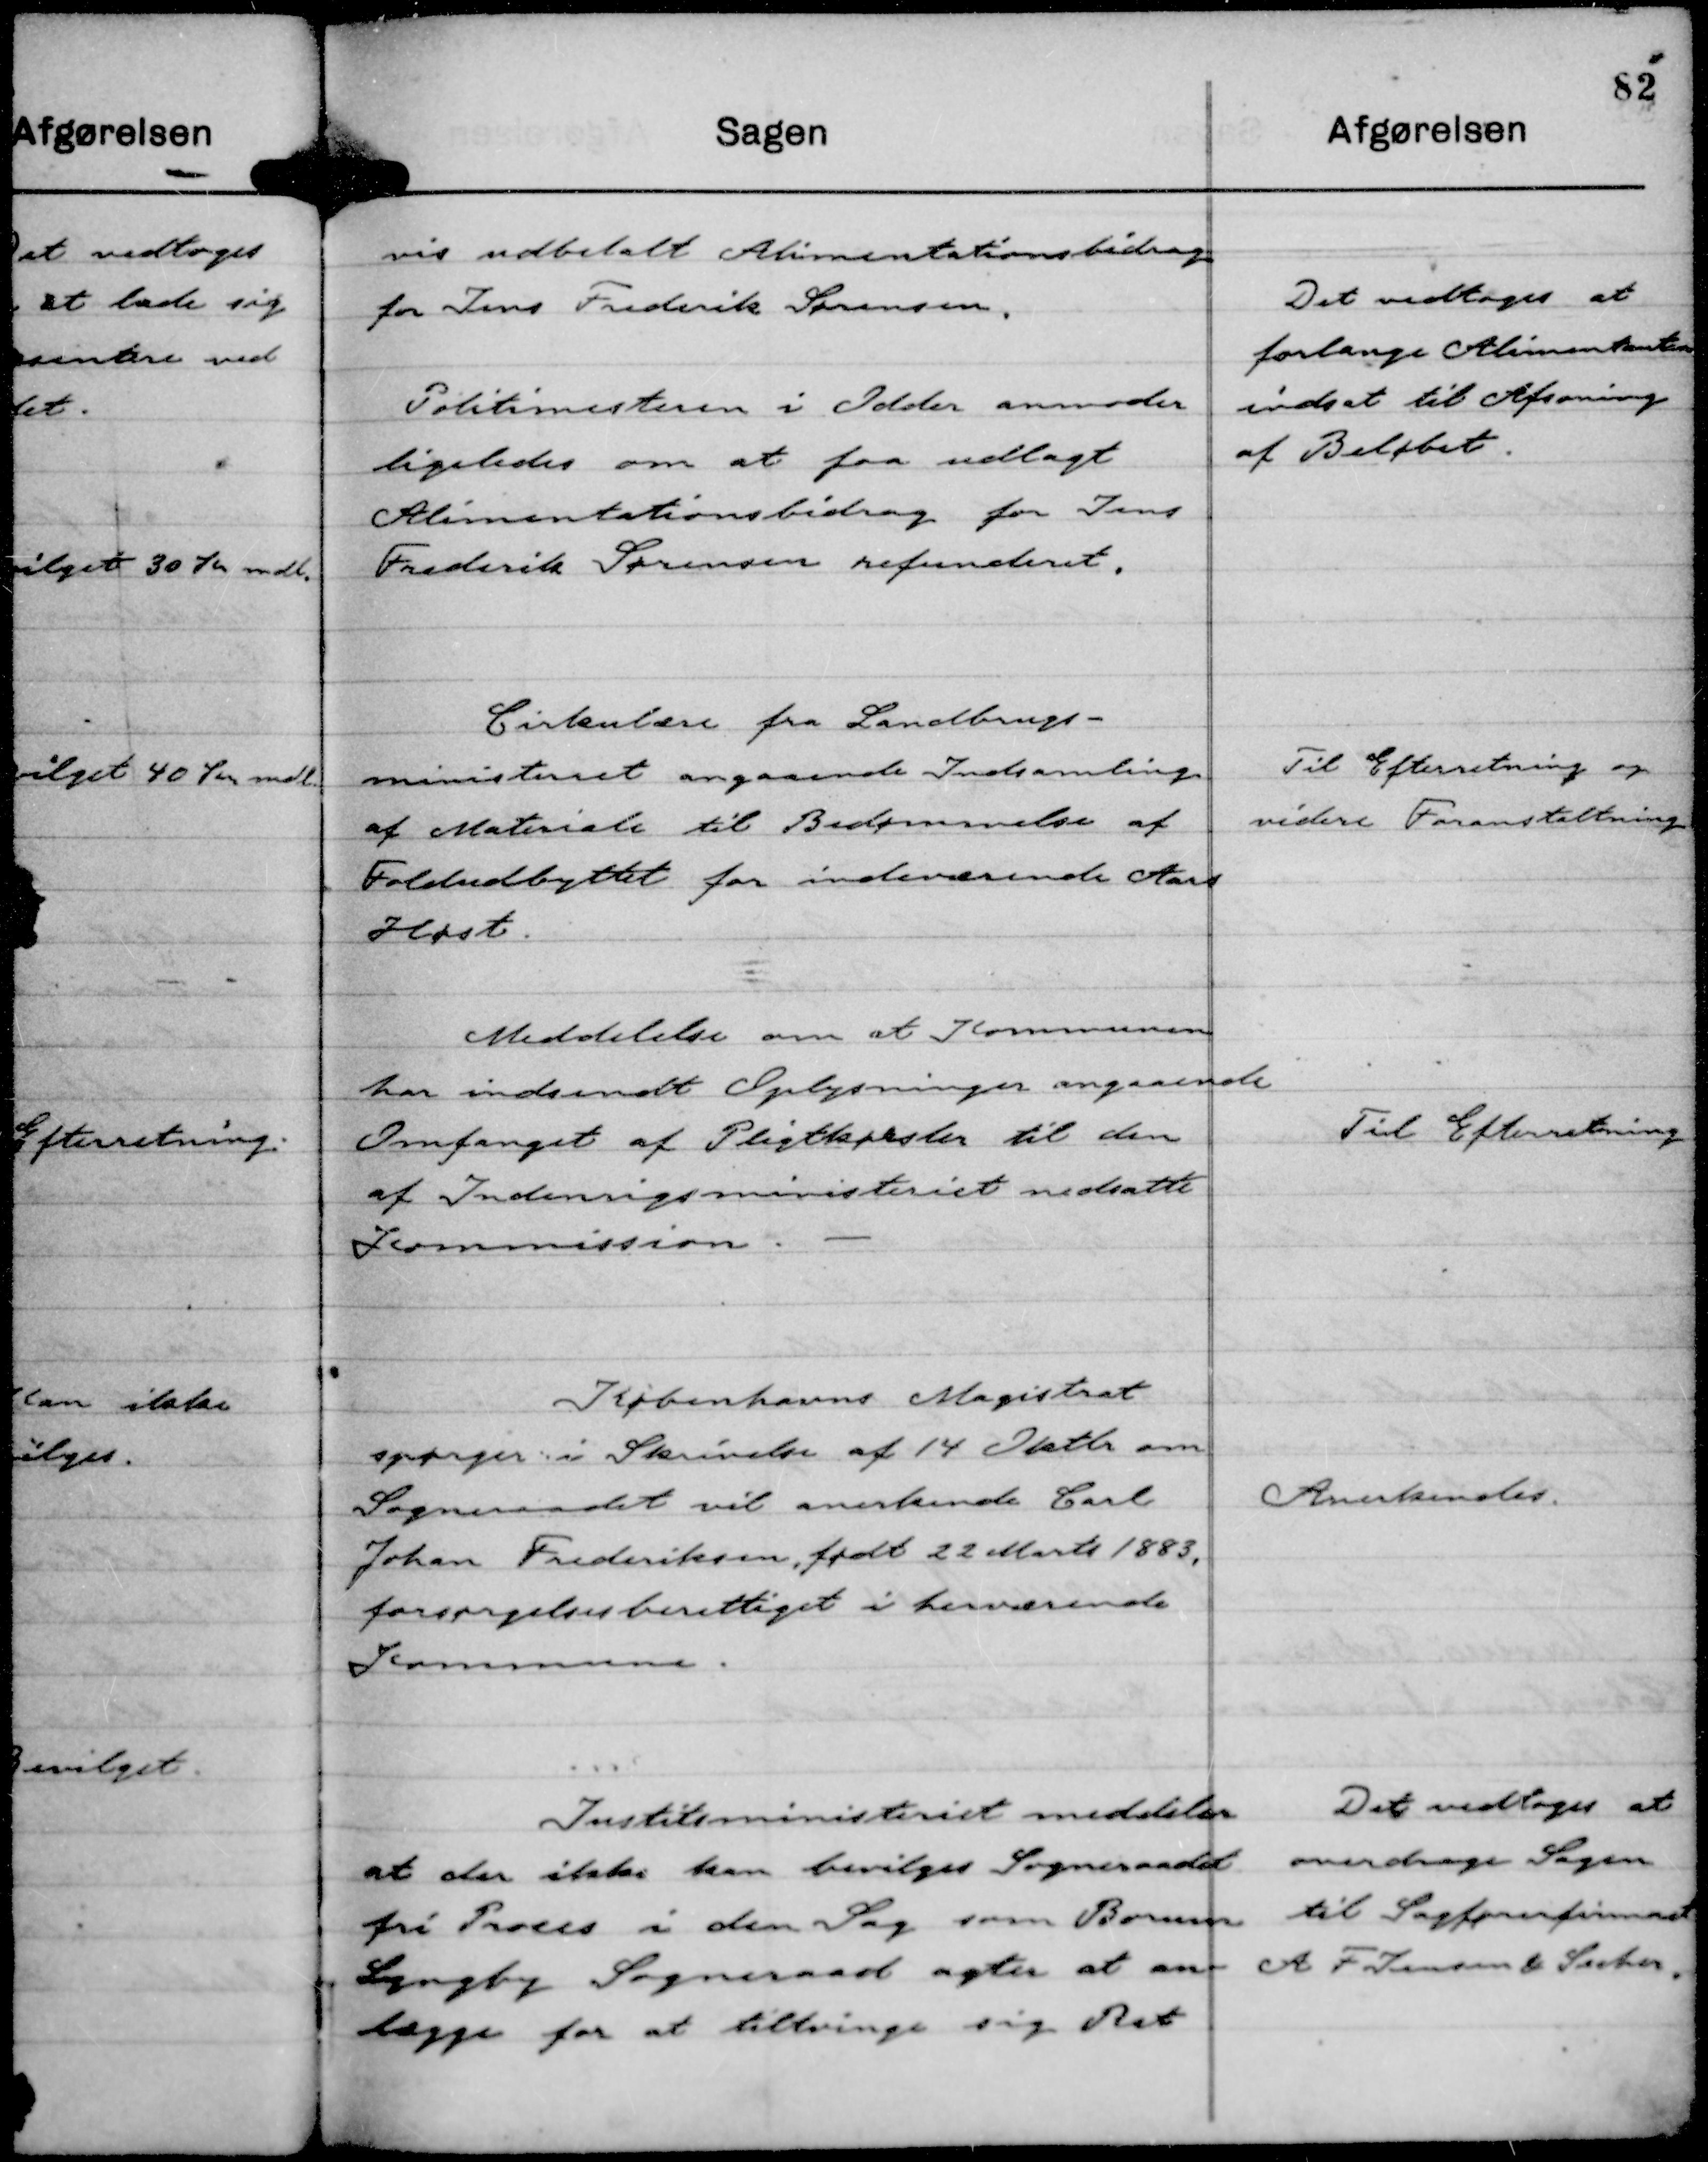
Transskription:
vis udbetalt Alimentationsbidrag
for Jens Frederik Sørensen.

Politimesteren i Odder anmoder
ligeledes om at faa udlagt
Alimentationsbidrag for Jens
Frederik Sørensen refunderet.

Det vedtoges at
forlange Alimentanten
indsat til Afsoning
af Beløbet.

Cirkulære fra Landbrugs-
ministeriet angaaende Indsamling
af Materiale til Bedømmelse af
Foldudbyttet for indeværende Aars
Høst.

Til Efterretning og
videre Foranstaltning

Meddelelse om at Kommunen
har indsendt Oplysninger angaaende
Omfanget af Pligtkørsler til den
af Indenrigsministeriet nedsatte
Kommission.

Til Efterretning

Københavns Magistrat
spørger i Skrivelse af 14 Oktbr om
Sogneraadet vil anerkende Carl
Johan Frederiksen, født 22 Marts 1883,
forsørgelsesberettiget i herværende
Kommune.

Anerkendes.

Justitsministeriet meddeler
at der ikke bevilges Sogneraadet
fri Proces i den Sag som Borum
Lyngby Sogneraad agter at an-
lægge for at tiltvinge sig Ret

Det vedtoges at
overdrage Sagen
til Sagførerfirmaet
A F Jensen & Secher.